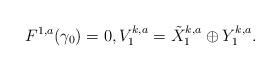
LaTeX: \begin{align*}F^{1,a}(\gamma_{0}) =0, V_{1}^{k,a} = \tilde{X}_{1}^{k,a} \oplus Y_{1}^{k,a}.\end{align*}